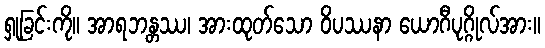
ရှုခြင်းကို။ အာရဘန္တဿ၊ အားထုတ်သော ဝိပဿနာ ယောဂီပုဂ္ဂိုလ်အား။